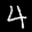
Label: 4